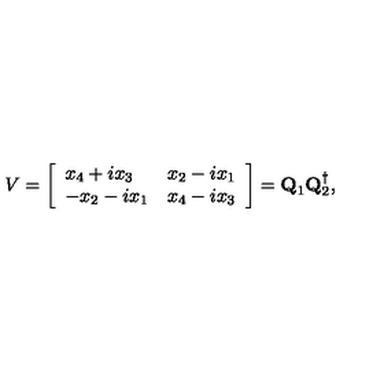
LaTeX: V = \left[ \begin{array} { l l } { x _ { 4 } + i x _ { 3 } } & { x _ { 2 } - i x _ { 1 } } \\ { - x _ { 2 } - i x _ { 1 } } & { x _ { 4 } - i x _ { 3 } } \\ \end{array} \right] = { \bf Q } _ { 1 } { \bf Q } _ { 2 } ^ { \dagger } ,